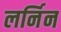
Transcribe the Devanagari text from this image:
लर्निन